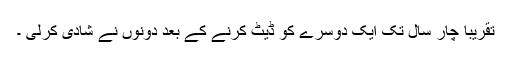
تقریبا چار سال تک ایک دوسرے کو ڈیٹ کرنے کے بعد دونوں نے شادی کرلی ۔